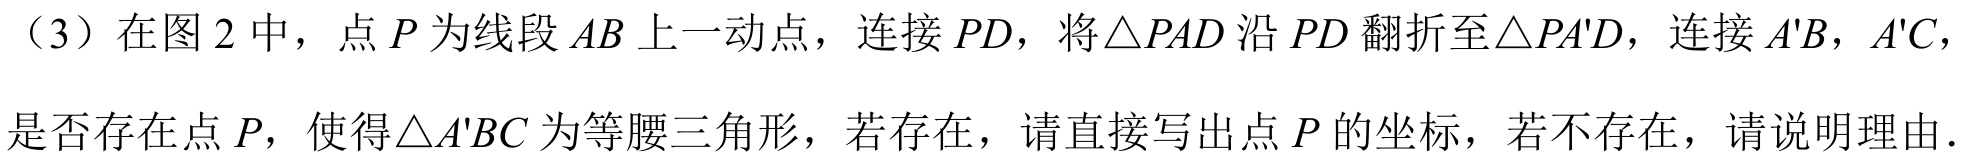
（3）在图2中，点$P$为线段$AB$上一动点，连接$PD$，将$\triangle PAD$沿$PD$翻折至$\triangle PA'D$，连接$A'B$，$A'C$，
是否存在点$P$，使得$\triangle A'BC$为等腰三角形，若存在，请直接写出点$P$的坐标，若不存在，请说明理由．